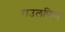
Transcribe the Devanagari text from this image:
राउलफिन